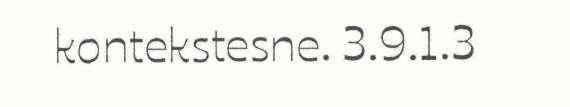
kontekstesne. 3.9.1.3